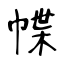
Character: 幉